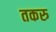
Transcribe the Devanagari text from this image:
तकरु